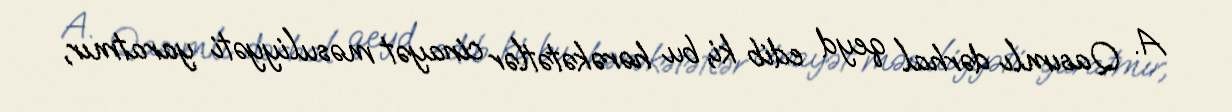
A. Qasımlı dərhal qeyd edib ki, bu hərəkətətlər cinayət məsuliyyəti yaratmır,